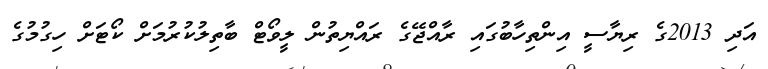
އަދި 2013ގެ ރިޔާސީ އިންތިހާބުގައި ރާއްޖޭގެ ރައްޔިތުން ލީވޯޓް ބާތިލުކުރުމަށް ކޯޓަށް ހިގުމުގެ